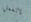
لاتعمل